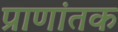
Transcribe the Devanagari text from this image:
प्राणांतक